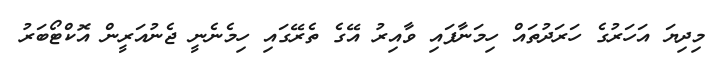
މިިދިޔަ އަހަަރުގެ ހަރަދުތައް ހިމަނާފައި ވާއިރު އޭގެ ތެރޭގައި ހިމެނެނީ ޖެނުއަރީން އޮކްޓޯބަރު